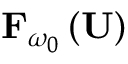
{ \bf F } _ { \omega _ { 0 } } \left( { \bf U } \right)